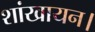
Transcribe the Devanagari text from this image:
शांखायन।